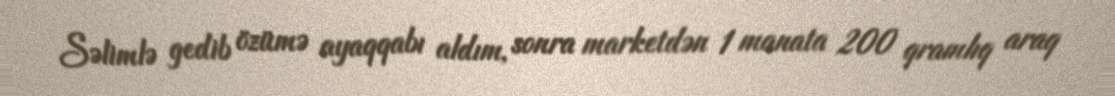
Səlimlə gedib özümə ayaqqabı aldım, sonra marketdən 1 manata 200 qramlıq araq